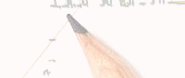
نرحب بكم في متجرنا الجديد